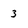
Character: 3